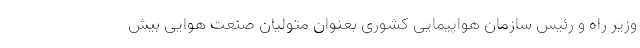
وزیر راه و رئیس سازمان هواپیمایی کشوری بعنوان متولیان صنعت هوایی بیش